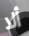
ألا